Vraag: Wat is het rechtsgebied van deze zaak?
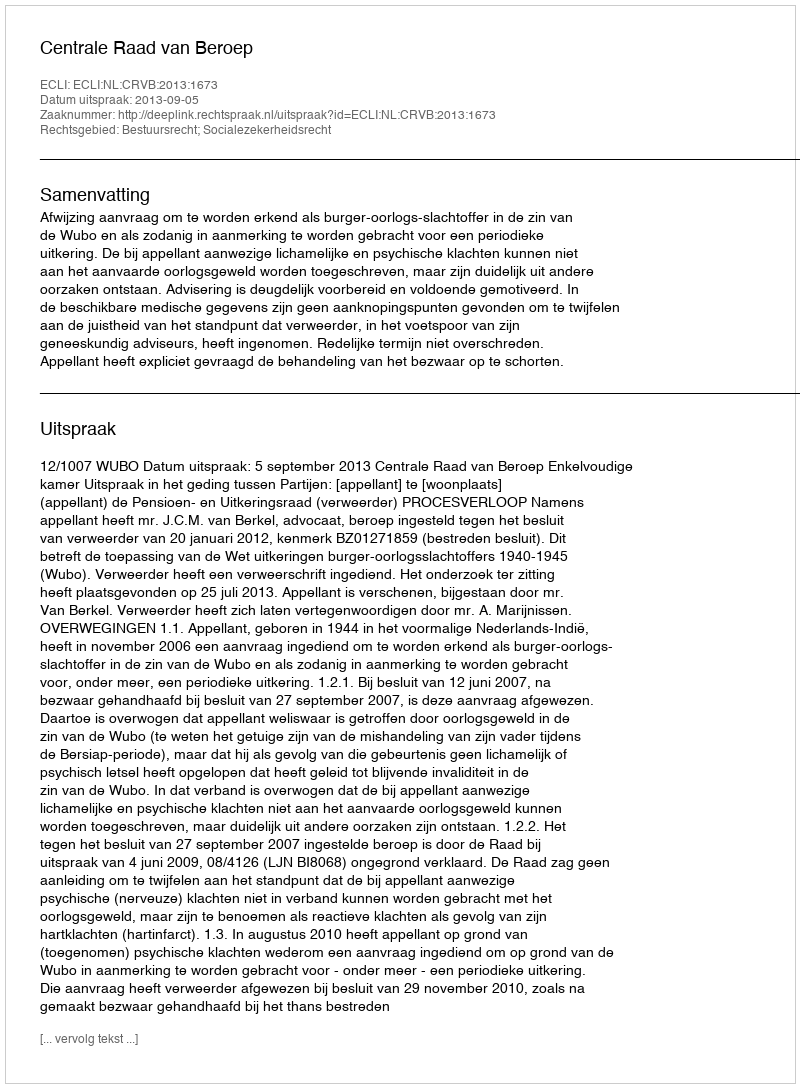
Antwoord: Bestuursrecht; Socialezekerheidsrecht